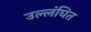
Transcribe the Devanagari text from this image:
उल्लंघित